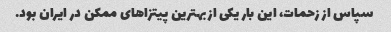
سپاس از زحمات، این بار یکی از بهترین پیتزاهای ممکن در ایران بود.